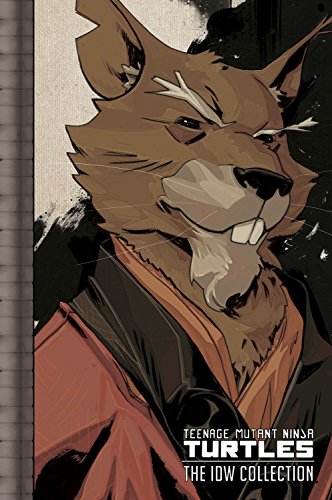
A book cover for Teenage Mutant Ninja Turtles: The IDW Collection Volume 2; Comics & Graphic Novels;